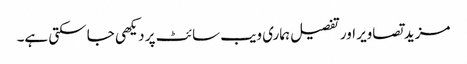
مزید تصاویر اور تفصیل ہماری ویب سائٹ پر دیکھی جا سکتی ہے۔